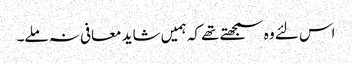
اس لئے وہ سمجھتے تھے کہ ہمیں شاید معافی نہ ملے۔